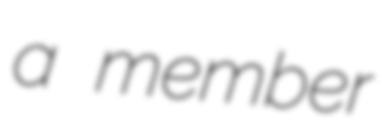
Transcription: a member